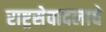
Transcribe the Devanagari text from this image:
राष्ट्रसेवादलाचे